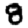
Digit: 8